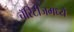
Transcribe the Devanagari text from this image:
चॅरिटीजमध्ये